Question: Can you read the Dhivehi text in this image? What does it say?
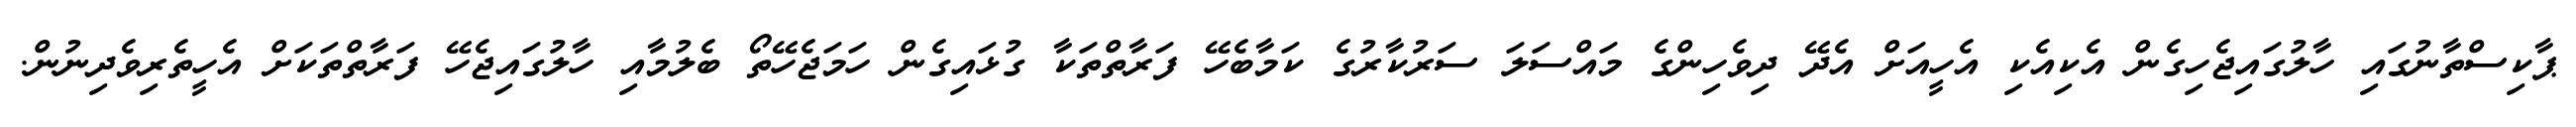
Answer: ޕާކިސްތާނުގައި ހާލުގައިޖެހިގެން އެކިއެކި އެހީއަށް އެދޭ ދިވެހިންގެ މައްސަލަ ސަރުކާރުގެ ކަމާބެހޭ ފަރާތްތަކާ ގުޅައިގެން ހަމަޖެހޭތޯ ބެލުމާއި ހާލުގައިޖެހޭ ފަރާތްތަކަށް އެހީތެރިވެދިނުން.